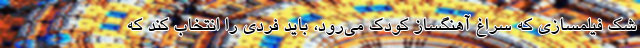
شک فیلمسازی که سراغ آهنگساز کودک می‌رود، باید فردی را انتخاب کند که